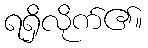
ရရှိလိုက်၏။